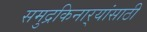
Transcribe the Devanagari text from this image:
समुद्रकिनार्‍यांसाठी